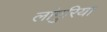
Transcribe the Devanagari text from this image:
लांगुरिया